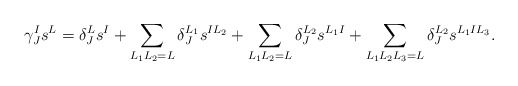
\begin{align*}\gamma^I_J s^L = \delta^L_J s^I + \sum_{L_1 L_2 = L} \delta^{L_1}_J s^{I L_2} + \sum_{L_1 L_2 = L} \delta^{L_2}_J s^{L_1 I} + \sum_{L_1 L_2 L_3 = L} \delta^{L_2}_J s^{L_1 I L_3}.\end{align*}